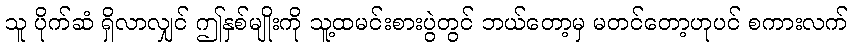
သူ ပိုက်ဆံ ရှိလာလျှင် ဤနှစ်မျိုးကို သူ့ထမင်းစားပွဲတွင် ဘယ်တော့မှ မတင်တော့ဟုပင် စကားလက်